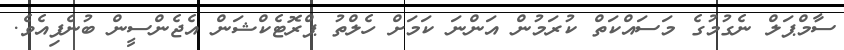
ސާމްޕަލް ނެގުމުގެ މަސައްކަތް ކުރަމުން އަންނަ ކަމަށް ހެލްތު ޕްރޮޓެކްޝަން އެޖެންސީން ބުނެފިއެވެ.